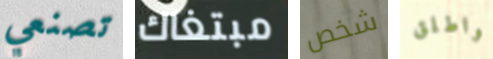
تصنعي مبتغاك شخص واطلق